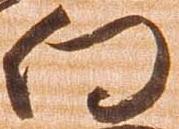
向